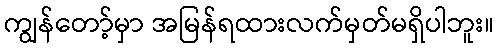
ကျွန်တော့်မှာ အမြန်ရထားလက်မှတ်မရှိပါဘူး။